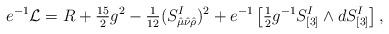
LaTeX: \begin{align*}e^{-1}{\cal L}=R+{\textstyle{15\over2}}g^2-{\textstyle{1\over12}}(S_{\hat\mu\hat\nu\hat\rho}^I)^2+e^{-1}\left[{\textstyle{1\over2}}g^{-1}S_{[3]}^I\wedge dS_{[3]}^I\right],\end{align*}